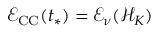
\mathcal { E } _ { \mathrm { C C } } ( t _ { * } ) = \mathcal { E } _ { \nu } ( \mathcal { H } _ { K } )